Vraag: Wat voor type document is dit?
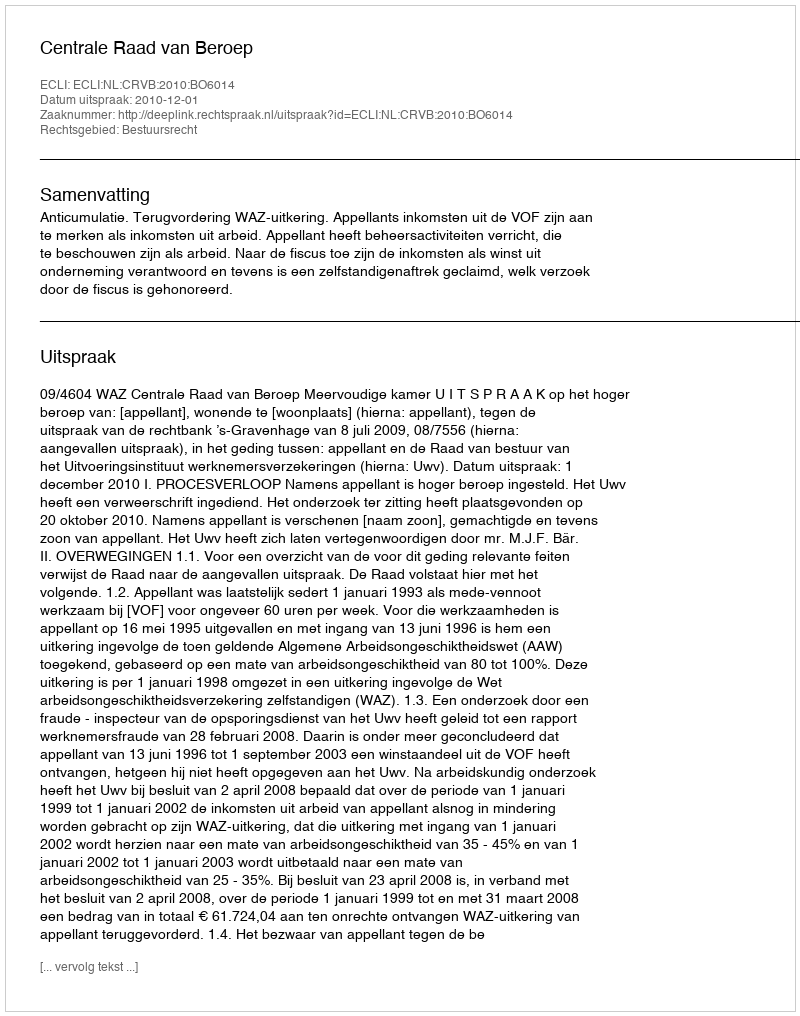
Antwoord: Uitspraak